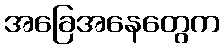
အခြေအနေတွေက